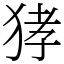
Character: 㹲